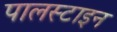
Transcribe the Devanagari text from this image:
पालस्टाइन